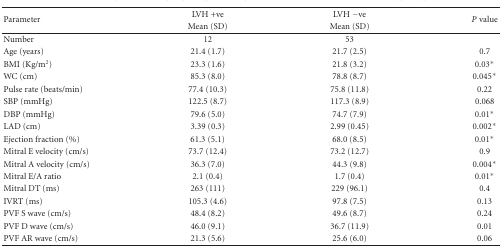
| <ROWSPAN=2> Parameter | LVH +ve | LVH −ve | <ROWSPAN=2> P value |
 | Mean (SD) | Mean (SD) |
 | --- | --- | --- | --- |
 | Number | 12 | 53 |  |
 | Age (years) | 21.4 (1.7) | 21.7 (2.5) | 0.7 |
 | BMI (Kg/m2) | 23.3 (1.6) | 21.8 (3.2) | 0.03* |
 | WC (cm) | 85.3 (8.0) | 78.8 (8.7) | 0.045* |
 | Pulse rate (beats/min) | 77.4 (10.3) | 75.8 (11.8) | 0.22 |
 | SBP (mmHg) | 122.5 (8.7) | 117.3 (8.9) | 0.068 |
 | DBP (mmHg) | 79.6 (5.0) | 74.7 (7.9) | 0.01* |
 | LAD (cm) | 3.39 (0.3) | 2.99 (0.45) | 0.002* |
 | Ejection fraction (%) | 61.3 (5.1) | 68.0 (8.5) | 0.01* |
 | Mitral E velocity (cm/s) | 73.7 (12.4) | 73.2 (12.7) | 0.9 |
 | Mitral A velocity (cm/s) | 36.3 (7.0) | 44.3 (9.8) | 0.004* |
 | Mitral E/A ratio | 2.1 (0.4) | 1.7 (0.4) | 0.01* |
 | Mitral DT (ms) | 263 (111) | 229 (96.1) | 0.4 |
 | IVRT (ms) | 105.3 (4.6) | 97.8 (7.5) | 0.13 |
 | PVF S wave (cm/s) | 48.4 (8.2) | 49.6 (8.7) | 0.24 |
 | PVF D wave (cm/s) | 46.0 (9.1) | 36.7 (11.9) | 0.01 |
 | PVF AR wave (cm/s) | 21.3 (5.6) | 25.6 (6.0) | 0.06 |